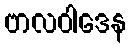
ဗာလဝါဒေန